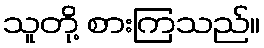
သူတို့ စားကြသည်။